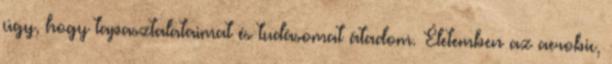
úgy, hogy tapasztalataimat és tudásomat átadom. Életemben az aerobic,